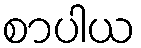
စာပါယ